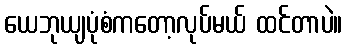
ယေဘုယျပုံစံကတော့လုပ်မယ် ထင်တာပဲ။